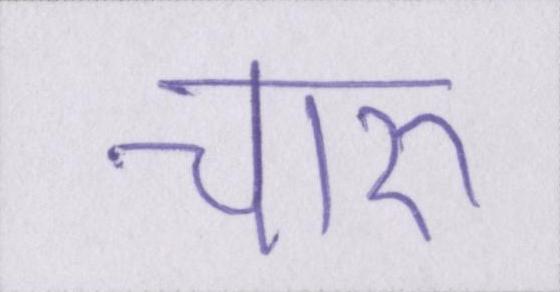
चारु